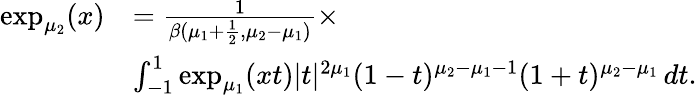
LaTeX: \begin{array}{rl}{\exp_{\mu_{2}}(x)}&{={\frac{1}{\beta(\mu_{1}+\frac{1}{2},\mu_{2}-\mu_{1})}}\times}\\ &{\int_{-1}^{1}\exp_{\mu_{1}}(xt)|t|^{2\mu_{1}}(1-t)^{\mu_{2}-\mu_{1}-1}(1+t)^{\mu_{2}-\mu_{1}}\, dt.}\end{array}